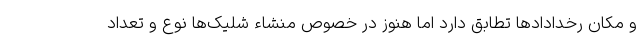
و مکان رخدادادها تطابق دارد اما هنوز در خصوص منشاء شلیک‌ها نوع و تعداد